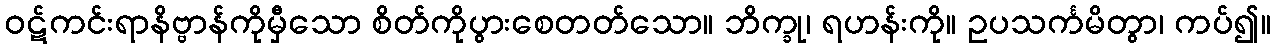
ဝဋ်ကင်းရာနိဗ္ဗာန်ကိုမှီသော စိတ်ကိုပွားစေတတ်သော။ ဘိက္ခု၊ ရဟန်းကို။ ဥပသင်္ကမိတွာ၊ ကပ်၍။